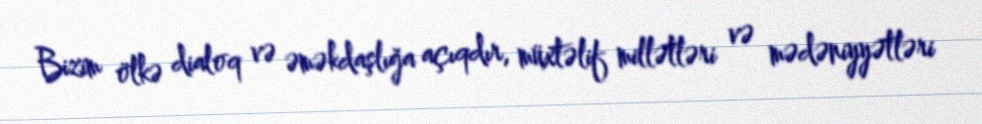
Bizim ölkə dialoq və əməkdaşlığa açıqdır, müxtəlif millətləri və mədəniyyətləri